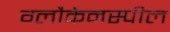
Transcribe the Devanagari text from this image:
ग्लौकेनस्पील